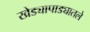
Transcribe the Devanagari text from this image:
खेड्यापाड्यातले